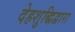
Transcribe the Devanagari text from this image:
देहशुद्धिद्वारा